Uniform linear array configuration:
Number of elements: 64
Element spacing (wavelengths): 0.25
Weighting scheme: blackman
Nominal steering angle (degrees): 45
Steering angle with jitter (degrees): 46.816
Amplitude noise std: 0.05
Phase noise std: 0.05

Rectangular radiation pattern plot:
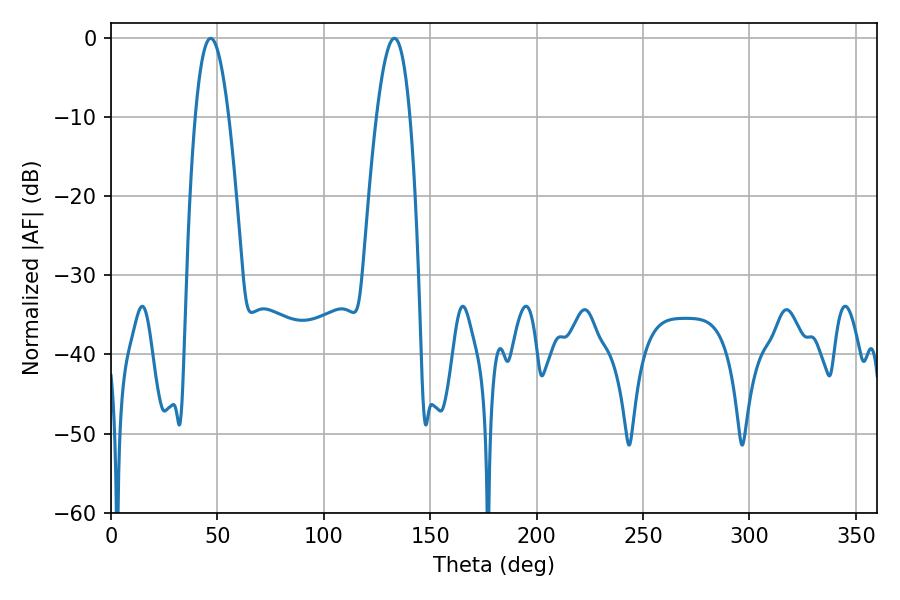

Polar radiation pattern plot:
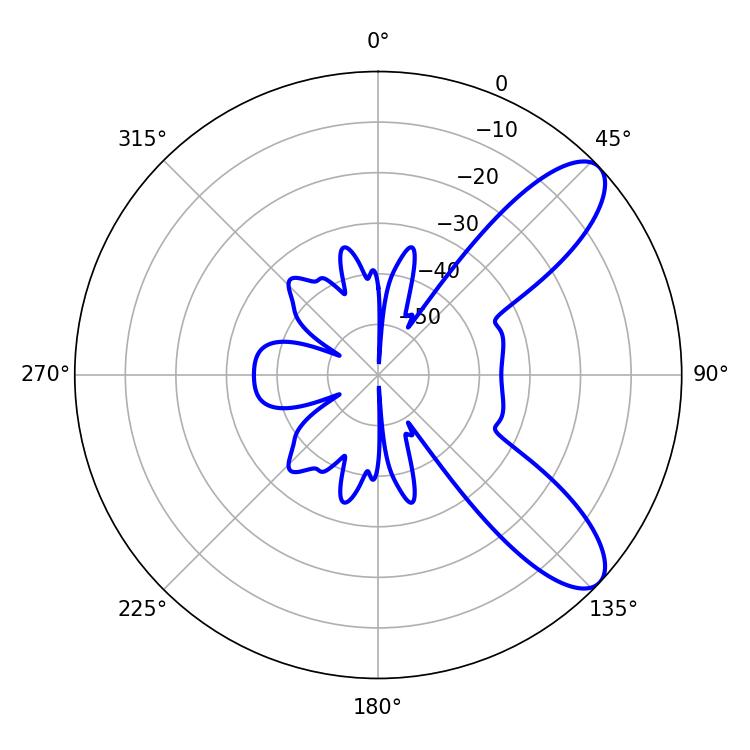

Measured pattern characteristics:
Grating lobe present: FALSE
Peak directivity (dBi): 9.251
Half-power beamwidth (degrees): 8.64
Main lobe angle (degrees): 46.8